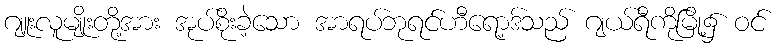
ဂျူးလူမျိုးတို့အား အုပ်စိုးခဲ့သော အာရပ်ဘုရင်ဟီရော့ဒ်သည် ဂျယ်ရီကိုမြို့၌ ဝင်